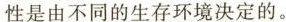
性是由不同的生存环境决定的。